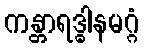
ကန္တာရဒ္ဓါနမဂ္ဂံ